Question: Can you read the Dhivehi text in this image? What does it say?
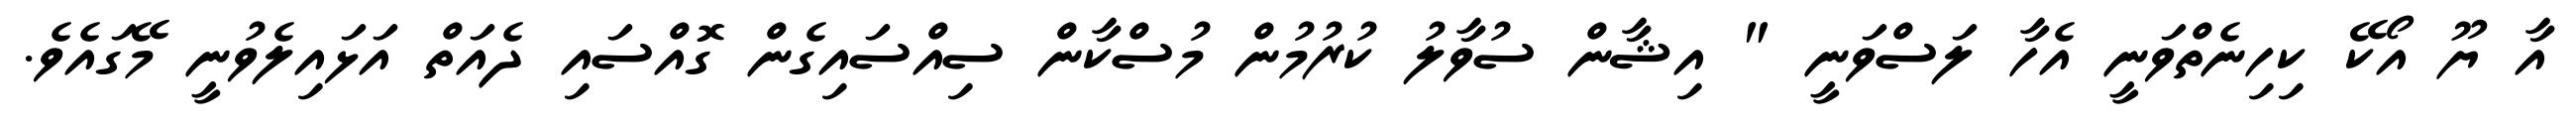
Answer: އާ ޔޫ އޯކޭ ކިހިނެތްވަނީ އެހާ ލަސްވަނީ " އިޝާން ސުވާލު ކުރުމުން މުސްކާން ސިއްސައިގެން ގޮއްސައި ދެއަތް އަޅައިލެވުނީ މޭގައެވެ.